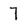
Character: 7